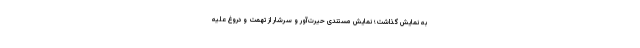
به نمایش گذاشت؛ نمایش مستندی حیرت‌آور و سرشار از تهمت و دروغ علیه